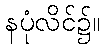
နပုံလိင်၌။